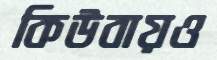
কিউবায়ও